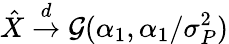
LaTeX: \hat{X}\overset{d}{\to}\mathcal G(\alpha_{1},\alpha_{1}/\sigma_{P}^{2})